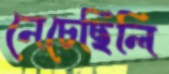
নেচেছিলি